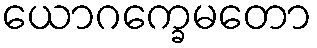
ယောဂက္ခေမတော